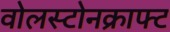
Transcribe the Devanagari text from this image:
वोलस्टोनक्राफ्ट